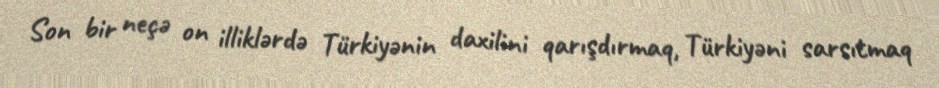
Son bir neçə on illiklərdə Türkiyənin daxilini qarışdırmaq, Türkiyəni sarsıtmaq